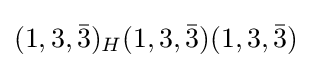
(1,3,{\bar {3}})_{H}(1,3,{\bar {3}})(1,3,{\bar {3}})